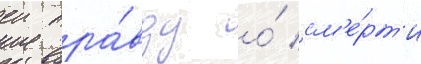
еи пра́вду о́ см'е́рт'и